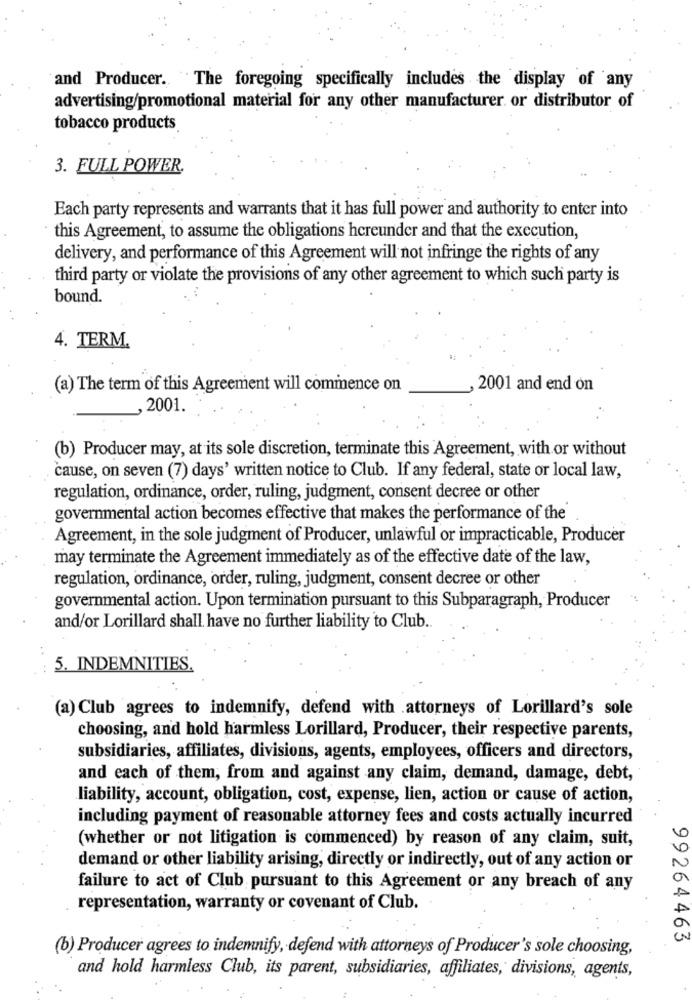
and Producer. The foregoing specifically includes the display of any
advertising/promotional material for any other manufacturer or distributor of
tobacco products
3. FULL POWER
Each party represents and warrants that it has full power and authority to enter into
this Agreement, to assume the obligations hereunder and that the execution,
delivery, and performance of this Agreement will not infringe the rights of any
third party or violate the provisions of any other agreement to which such party is
bound.
4. TERM.
(a) The term of this Agreement will commence on
2001 and end on
.2001
(b) Producer may, at its sole discretion, terminate this Agreement, with or without
cause, on seven (7) days' written notice to Club. If any federal, state or local law,
regulation, ordinance, order, ruling, judgment, consent decree or other
governmental action becomes effective that makes the performance of the
Agreement, in the sole judgment of Producer, unlawful or impracticable, Producer
may terminate the Agreement immediately as of the effective date of the law,
regulation, ordinance, order, ruling, judgment, consent decree or other
governmental action. Upon termination pursuant to this Subparagraph, Producer
and/or Lorillard shall have no further liability to Club ..
5. INDEMNITIES.
(a) Club agrees to indemnify, defend with attorneys of Lorillard's sole
choosing, and hold harmless Lorillard, Producer, their respective parents,
subsidiaries, affiliates, divisions, agents, employees, officers and directors,
and each of them, from and against any claim, demand, damage, debt,
liability, account, obligation, cost, expense, lien, action or cause of action,
including payment of reasonable attorney fees and costs actually incurred
(whether or not litigation is commenced) by reason of any claim, suit,
demand or other liability arising, directly or indirectly, out of any action or
failure to act of Club pursuant to this Agreement or any breach of any
representation, warranty or covenant of Club.
99264463
(b) Producer agrees to indemnify, defend with attorneys of Producer's sole choosing,
and hold harmless Club, its parent, subsidiaries, affiliates, divisions, agents,